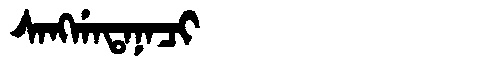
Manchu: ᠰᠠᠩᡤᠠᡨᠠᠨᠠᠴᡳ
Romanization: SANGGATANACI